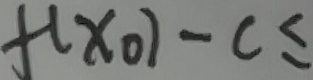
f ( x _ { 0 } ) - C \leq